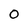
Character: O